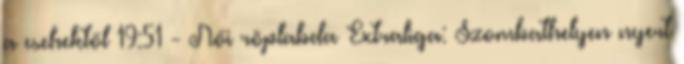
a csehektől 19:51 - Női röplabda Extraliga: Szombathelyen nyert